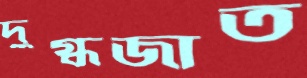
দুগ্ধজাত